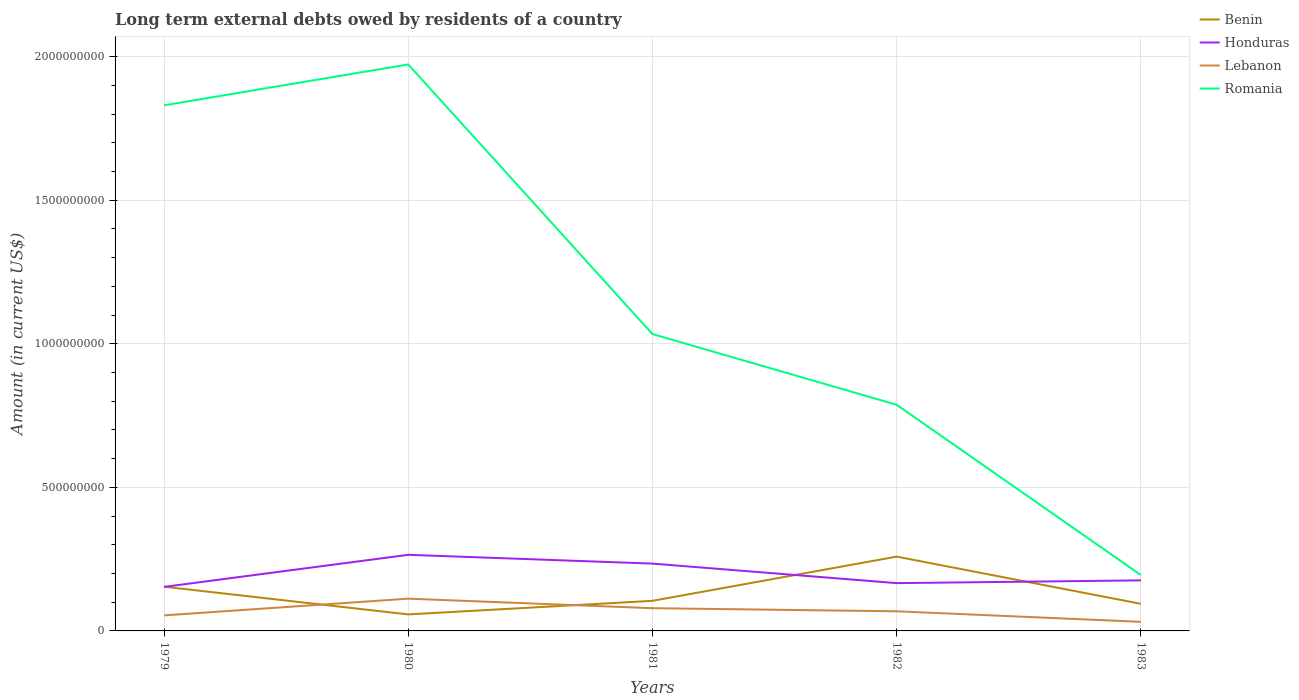
| Years | Benin | Honduras | Lebanon | Romania |
 | --- | --- | --- | --- | --- |
 | 1979 | 1.54e+08 | 1.53e+08 | 5.41e+07 | 1.83e+09 |
 | 1980 | 5.75e+07 | 2.65e+08 | 1.12e+08 | 1.97e+09 |
 | 1981 | 1.05e+08 | 2.34e+08 | 7.92e+07 | 1.03e+09 |
 | 1982 | 2.59e+08 | 1.66e+08 | 6.84e+07 | 7.88e+08 |
 | 1983 | 9.44e+07 | 1.76e+08 | 3.17e+07 | 1.95e+08 |